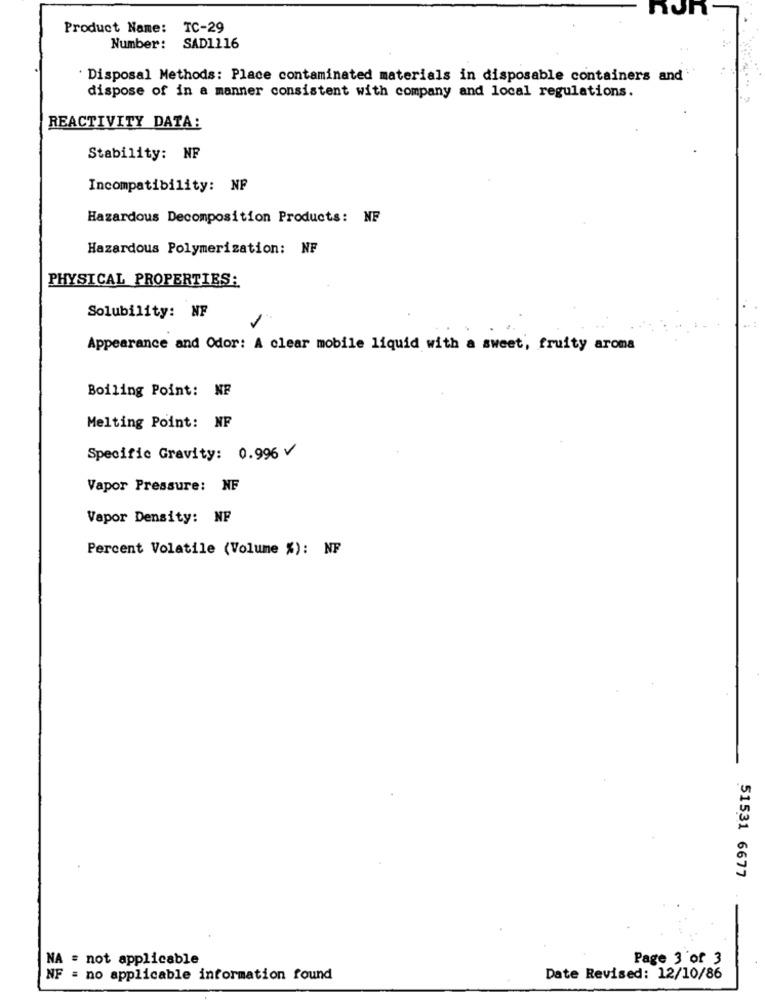
Product Name: TC-29
Number: SAD1116
Disposal Methods: Place contaminated materials in disposable containers and
dispose of in a manner consistent with company and local regulations.
REACTIVITY DATA:
Stability: NF
Incompatibility: NF
Hazardous Decomposition Products: NF
Hazardous Polymerization: NF
PHYSICAL PROPERTIES:
Solubility: NF
Appearance and Odor: A clear mobile liquid with a sweet, fruity aroma
Boiling Point: NF
Melting Point: NF
Specific Gravity: 0.996 V
Vapor Pressure: NF
Vapor Density: NF
Percent Volatile (Volume %): NF
51531 6677
NA = not applicable
Page 3 of 3
NF = no applicable information found
Date Revised: 12/10/86